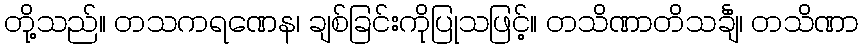
တို့သည်။ တသကရဏေန၊ ချစ်ခြင်းကိုပြုသဖြင့်။ တသိဏာတိသင်္ချံ၊ တသိဏာ